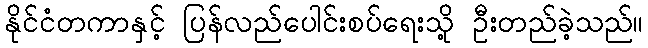
နိုင်ငံတကာနှင့် ပြန်လည်ပေါင်းစပ်ရေးသို့ ဦးတည်ခဲ့သည်။